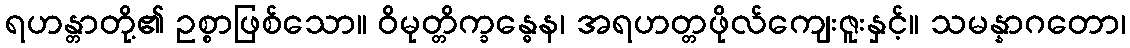
ရဟန္တာတို့၏ ဥစ္စာဖြစ်သော။ ဝိမုတ္တိက္ခန္ဓေန၊ အရဟတ္တဖိုလ်ကျေးဇူးနှင့်။ သမန္နာဂတော၊